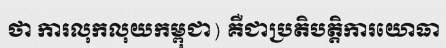
ថា ការលុកលុយកម្ពុជា) គឺជាប្រតិបត្តិការយោធា